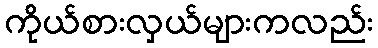
ကိုယ်စားလှယ်များကလည်း